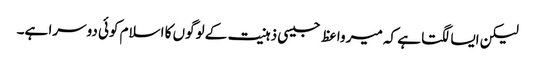
لیکن ایسا لگتا ہے کہ میر واعظ جیسی ذہنیت کے لوگوں کا اسلام کوئی دوسرا ہے۔